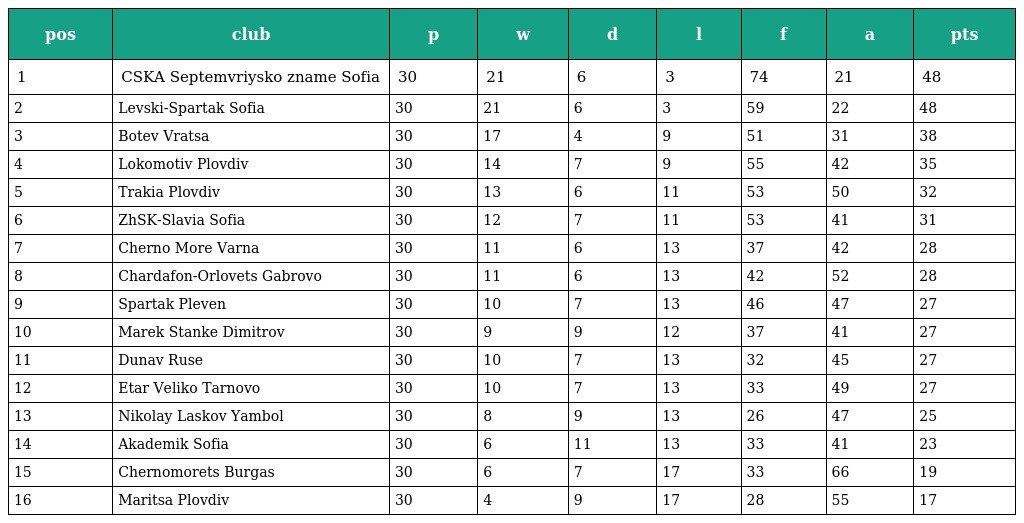
| pos | club | p | w | d | l | f | a | pts |
 | --- | --- | --- | --- | --- | --- | --- | --- | --- |
 | 1 | CSKA Septemvriysko zname Sofia | 30 | 21 | 6 | 3 | 74 | 21 | 48 |
 | 2 | Levski-Spartak Sofia | 30 | 21 | 6 | 3 | 59 | 22 | 48 |
 | 3 | Botev Vratsa | 30 | 17 | 4 | 9 | 51 | 31 | 38 |
 | 4 | Lokomotiv Plovdiv | 30 | 14 | 7 | 9 | 55 | 42 | 35 |
 | 5 | Trakia Plovdiv | 30 | 13 | 6 | 11 | 53 | 50 | 32 |
 | 6 | ZhSK-Slavia Sofia | 30 | 12 | 7 | 11 | 53 | 41 | 31 |
 | 7 | Cherno More Varna | 30 | 11 | 6 | 13 | 37 | 42 | 28 |
 | 8 | Chardafon-Orlovets Gabrovo | 30 | 11 | 6 | 13 | 42 | 52 | 28 |
 | 9 | Spartak Pleven | 30 | 10 | 7 | 13 | 46 | 47 | 27 |
 | 10 | Marek Stanke Dimitrov | 30 | 9 | 9 | 12 | 37 | 41 | 27 |
 | 11 | Dunav Ruse | 30 | 10 | 7 | 13 | 32 | 45 | 27 |
 | 12 | Etar Veliko Tarnovo | 30 | 10 | 7 | 13 | 33 | 49 | 27 |
 | 13 | Nikolay Laskov Yambol | 30 | 8 | 9 | 13 | 26 | 47 | 25 |
 | 14 | Akademik Sofia | 30 | 6 | 11 | 13 | 33 | 41 | 23 |
 | 15 | Chernomorets Burgas | 30 | 6 | 7 | 17 | 33 | 66 | 19 |
 | 16 | Maritsa Plovdiv | 30 | 4 | 9 | 17 | 28 | 55 | 17 |